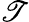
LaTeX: \mathscr{T}